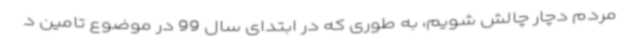
مردم دچار چالش شویم، به طوری که در ابتدای سال 99 در موضوع تامین د